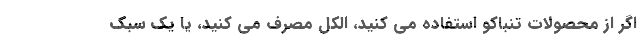
اگر از محصولات تنباکو استفاده می کنید، الکل مصرف می کنید، یا یک سبک